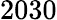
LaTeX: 2030